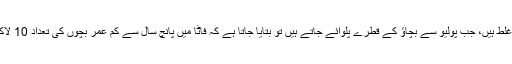
"یہ اعدادوشمار غلط ہیں، جب پولیو سے بچاؤ کے قطرے پلوائے جاتے ہیں تو بتایا جاتا ہے کہ فاٹا میں پانچ سال سے کم عمر بچوں کی تعداد 10 لاکھ 24 ہزار ہے۔